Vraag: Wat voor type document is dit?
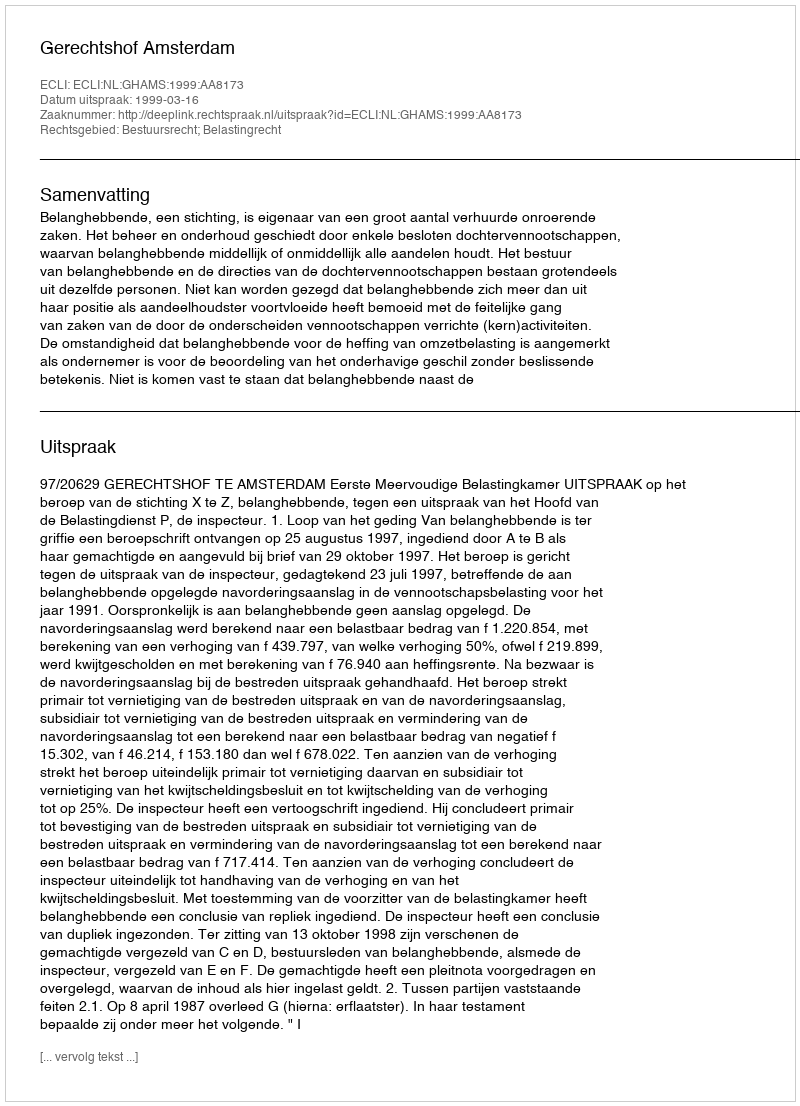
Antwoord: Uitspraak